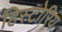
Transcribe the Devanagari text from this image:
हिस्टोरिय